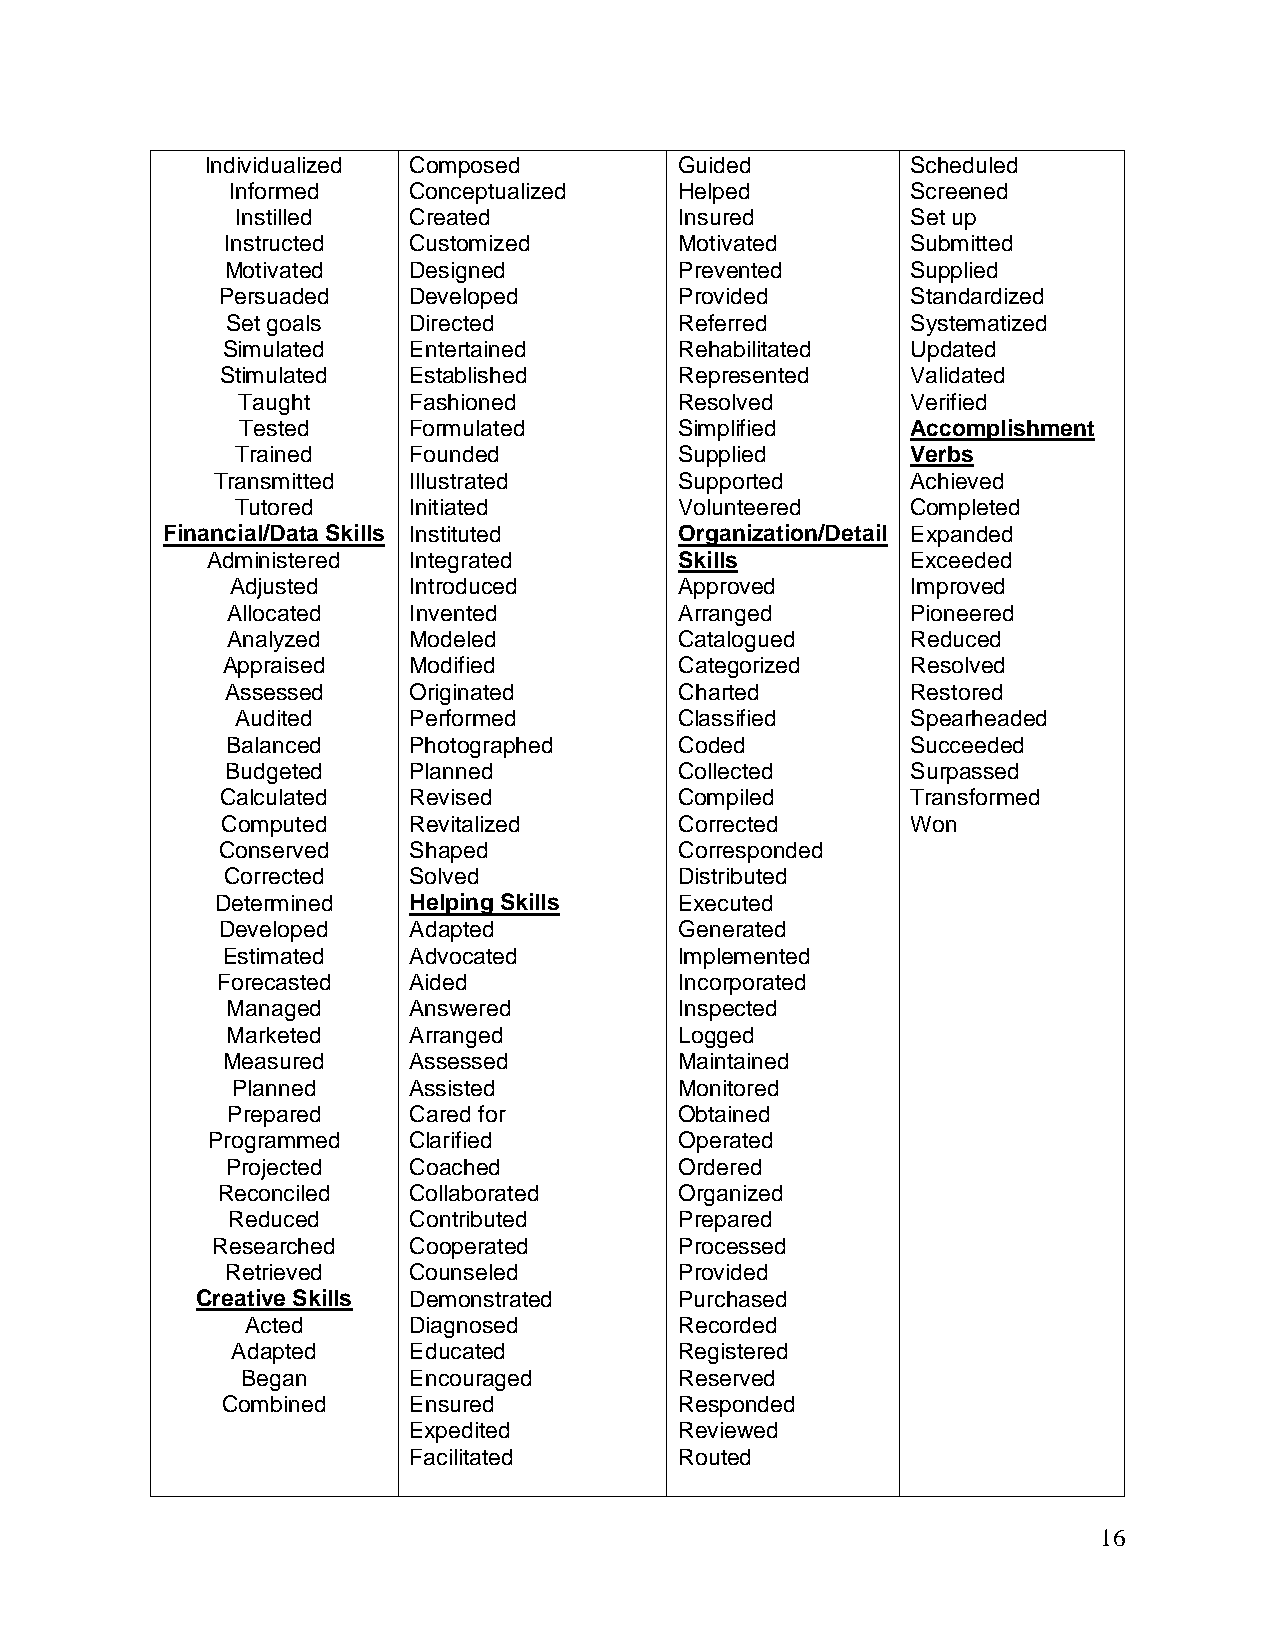
Individualized Composed        Guided         Scheduled
 Informed    Conceptualized    Helped         Screened
 Instilled  Created           Insured        Set up
 Instructed  Customized        Motivated      Submitted
 Motivated   Designed          Prevented      Supplied
 Persuaded    Developed         Provided       Standardized
 Set goals   Directed          Referred       Systematized
 Simulated   Entertained       Rehabilitated  Updated
 Stimulated  Established       Represented    Validated
 Taught     Fashioned         Resolved       Verified
 Tested     Formulated        Simplified     Accomplishment
 Trained    Founded           Supplied       Verbs
 Transmitted  Illustrated       Supported      Achieved
 Tutored    Initiated         Volunteered    Completed
 Financial/Data Skills Instituted  Organization/Detail Expanded
 Administered Integrated        Skills         Exceeded
 Adjusted    Introduced        Approved       Improved
 Allocated   Invented          Arranged       Pioneered
 Analyzed    Modeled           Catalogued     Reduced
 Appraised   Modified          Categorized    Resolved
 Assessed    Originated        Charted        Restored
 Audited    Performed         Classified     Spearheaded
 Balanced    Photographed      Coded          Succeeded
 Budgeted    Planned           Collected      Surpassed
 Calculated  Revised           Compiled       Transformed
 Computed    Revitalized       Corrected      Won
 Conserved    Shaped            Corresponded
 Corrected   Solved            Distributed
 Determined   Helping Skills    Executed
 Developed   Adapted           Generated
 Estimated   Advocated         Implemented
 Forecasted   Aided             Incorporated
 Managed     Answered          Inspected
 Marketed    Arranged          Logged
 Measured    Assessed          Maintained
 Planned     Assisted          Monitored
 Prepared    Cared for         Obtained
 Programmed   Clarified         Operated
 Projected   Coached           Ordered
 Reconciled   Collaborated      Organized
 Reduced     Contributed       Prepared
 Researched   Cooperated        Processed
 Retrieved   Counseled         Provided
 Creative Skills Demonstrated    Purchased
 Acted      Diagnosed         Recorded
 Adapted     Educated          Registered
 Began      Encouraged        Reserved
 Combined    Ensured           Responded
 Expedited         Reviewed
 Facilitated       Routed
 16